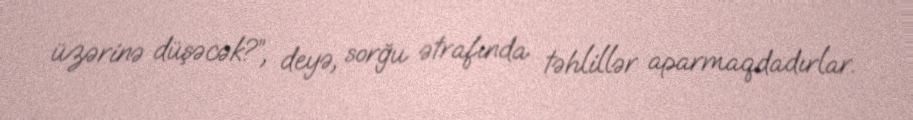
üzərinə düşəcək?”, deyə, sorğu ətrafında təhlillər aparmaqdadırlar.